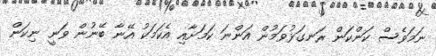
ނަމަވެސް ކަންކަން ރަނގަޅުވަމުން އަންނަ ކަމަށާއި އެކަމަކު އޭނާ ބޭނުން ވަނީ ނިކަން